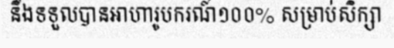
នឹងទទួលបានអាហារូបករណ៍១០០% សម្រាប់សិក្សា